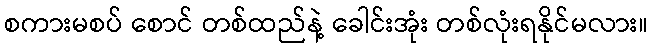
စကားမစပ် စောင် တစ်ထည်နဲ့ ခေါင်းအုံး တစ်လုံးရနိုင်မလား။